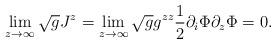
LaTeX: \begin{align*}\lim_{z\to\infty} \sqrt{g} J^z =\lim_{z\to\infty} \sqrt{g} g^{zz} \frac{1}{2} \partial_i\Phi\partial_z\Phi = 0.\end{align*}